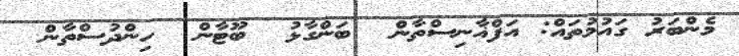
މެންބަރު ގައުމުތައް: އަފްޣާނިސްތާން  ބަންގާޅު  ބޫޓާން  ހިންދުސްތާން